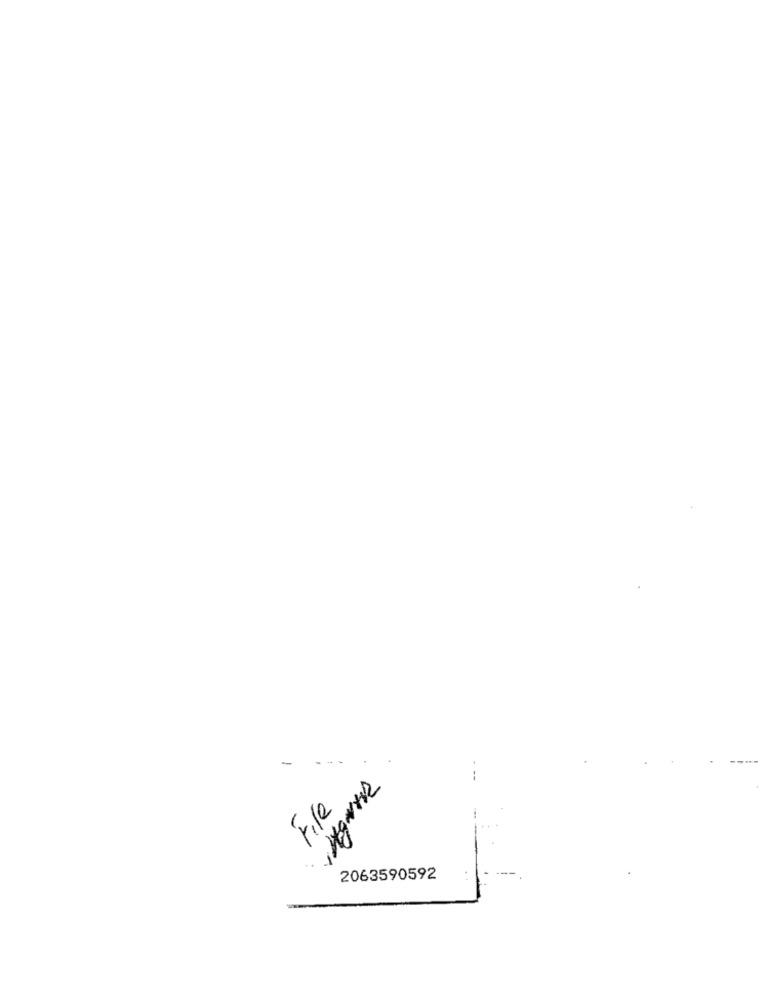
-
2063590592
: